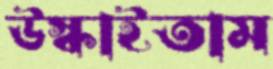
উস্‌কাইতাম